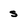
Character: s